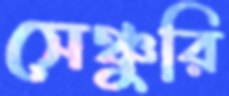
সেঞ্চুরি